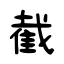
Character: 截